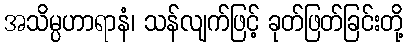
အသိမ္ပဟာရာနံ၊ သန်လျက်ဖြင့် ခုတ်ဖြတ်ခြင်းတို့